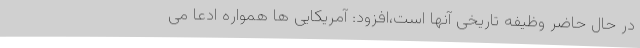
در حال حاضر وظیفه تاریخی آنها است،افزود: آمریکایی ها همواره ادعا می